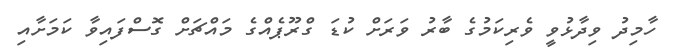
ހާމިދު ވިދާޅުވީ ވެރިކަމުގެ ބާރު ވަރަށް ކުޑަ ގްރޫޕެއްގެ މައްޗަށް ގޮސްފައިވާ ކަމަށާއި